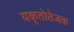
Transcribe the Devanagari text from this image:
यकृतोत्तेजक